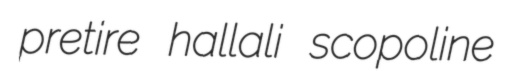
pretire hallali scopoline